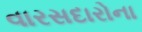
વારસદારોના